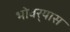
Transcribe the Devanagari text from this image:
भोवर्‍यास